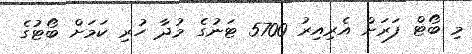
މި ބޯޓް ފަރަށް އެރިއިރު 5700 ޓަނުގެ މުދާ ހުރި ކަމަށް ބޯޓުގެ